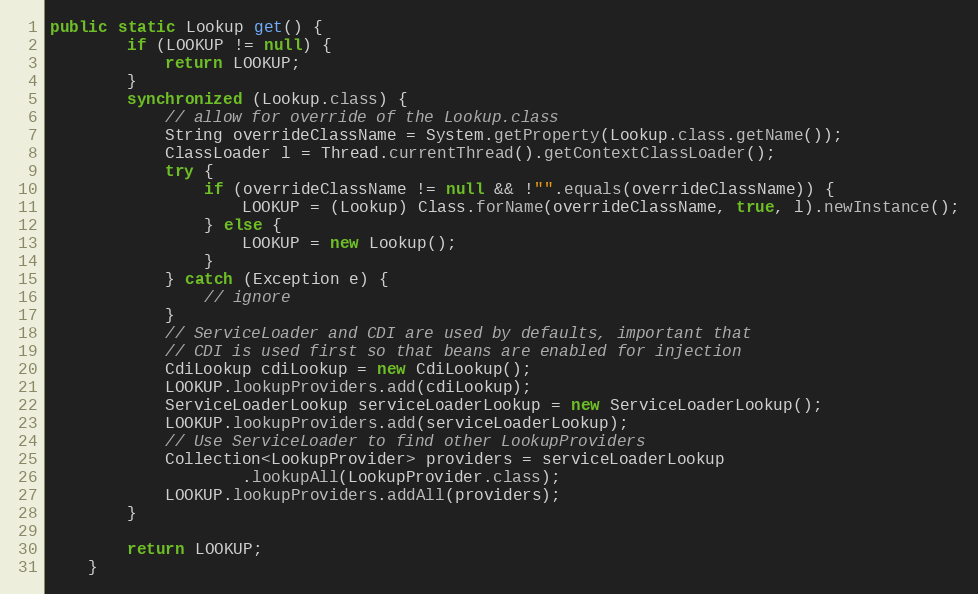
Language: Java
public static Lookup get() {
        if (LOOKUP != null) {
            return LOOKUP;
        }
        synchronized (Lookup.class) {
            // allow for override of the Lookup.class
            String overrideClassName = System.getProperty(Lookup.class.getName());
            ClassLoader l = Thread.currentThread().getContextClassLoader();
            try {
                if (overrideClassName != null && !"".equals(overrideClassName)) {
                    LOOKUP = (Lookup) Class.forName(overrideClassName, true, l).newInstance();
                } else {
                    LOOKUP = new Lookup();
                }
            } catch (Exception e) {
                // ignore
            }
            // ServiceLoader and CDI are used by defaults, important that
            // CDI is used first so that beans are enabled for injection
            CdiLookup cdiLookup = new CdiLookup();
            LOOKUP.lookupProviders.add(cdiLookup);
            ServiceLoaderLookup serviceLoaderLookup = new ServiceLoaderLookup();
            LOOKUP.lookupProviders.add(serviceLoaderLookup);
            // Use ServiceLoader to find other LookupProviders
            Collection<LookupProvider> providers = serviceLoaderLookup
                    .lookupAll(LookupProvider.class);
            LOOKUP.lookupProviders.addAll(providers);
        }

        return LOOKUP;
    }